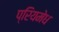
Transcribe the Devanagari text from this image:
प्रियमेध